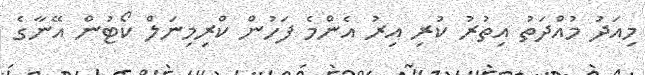
މިއަދު މުއްދަތު އިތުރު ކުރި އިރު އެންމެ ފަހުން ކްރިމިނަލް ކޯޓުން އޭނާގެ